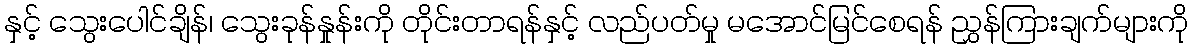
နှင့် သွေးပေါင်ချိန်၊ သွေးခုန်နှုန်းကို တိုင်းတာရန်နှင့် လည်ပတ်မှု မအောင်မြင်စေရန် ညွှန်ကြားချက်များကို